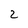
Character: 2